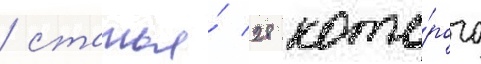
/ статья́ 28 кото́рого